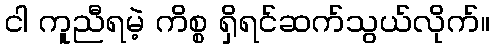
ငါ ကူညီရမဲ့ ကိစ္စ ရှိရင်ဆက်သွယ်လိုက်။